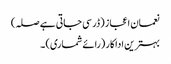
نعمان اعجاز (ڈر سی جاتی ہے صلہ)
بہترین اداکار (رائے شماری) ۔